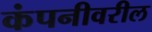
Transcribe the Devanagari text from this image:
कंपनीवरील